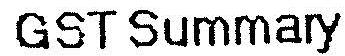
GST SUMMARY